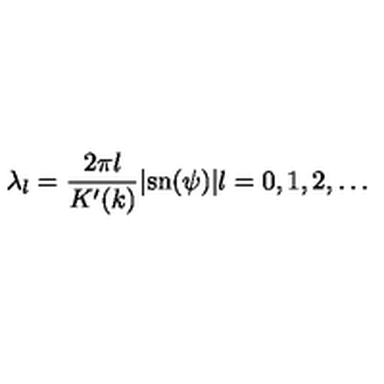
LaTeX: \lambda _ { l } = \frac { 2 \pi l } { K ^ { \prime } ( k ) } | \mathrm { s n } ( \psi ) | l = 0 , 1 , 2 , \ldots